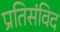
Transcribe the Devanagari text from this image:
प्रतिसंविद